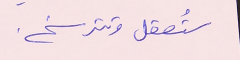
ستُعقل وتترسخ.